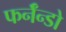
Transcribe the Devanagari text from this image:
फर्नॅन्डो